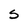
Character: S